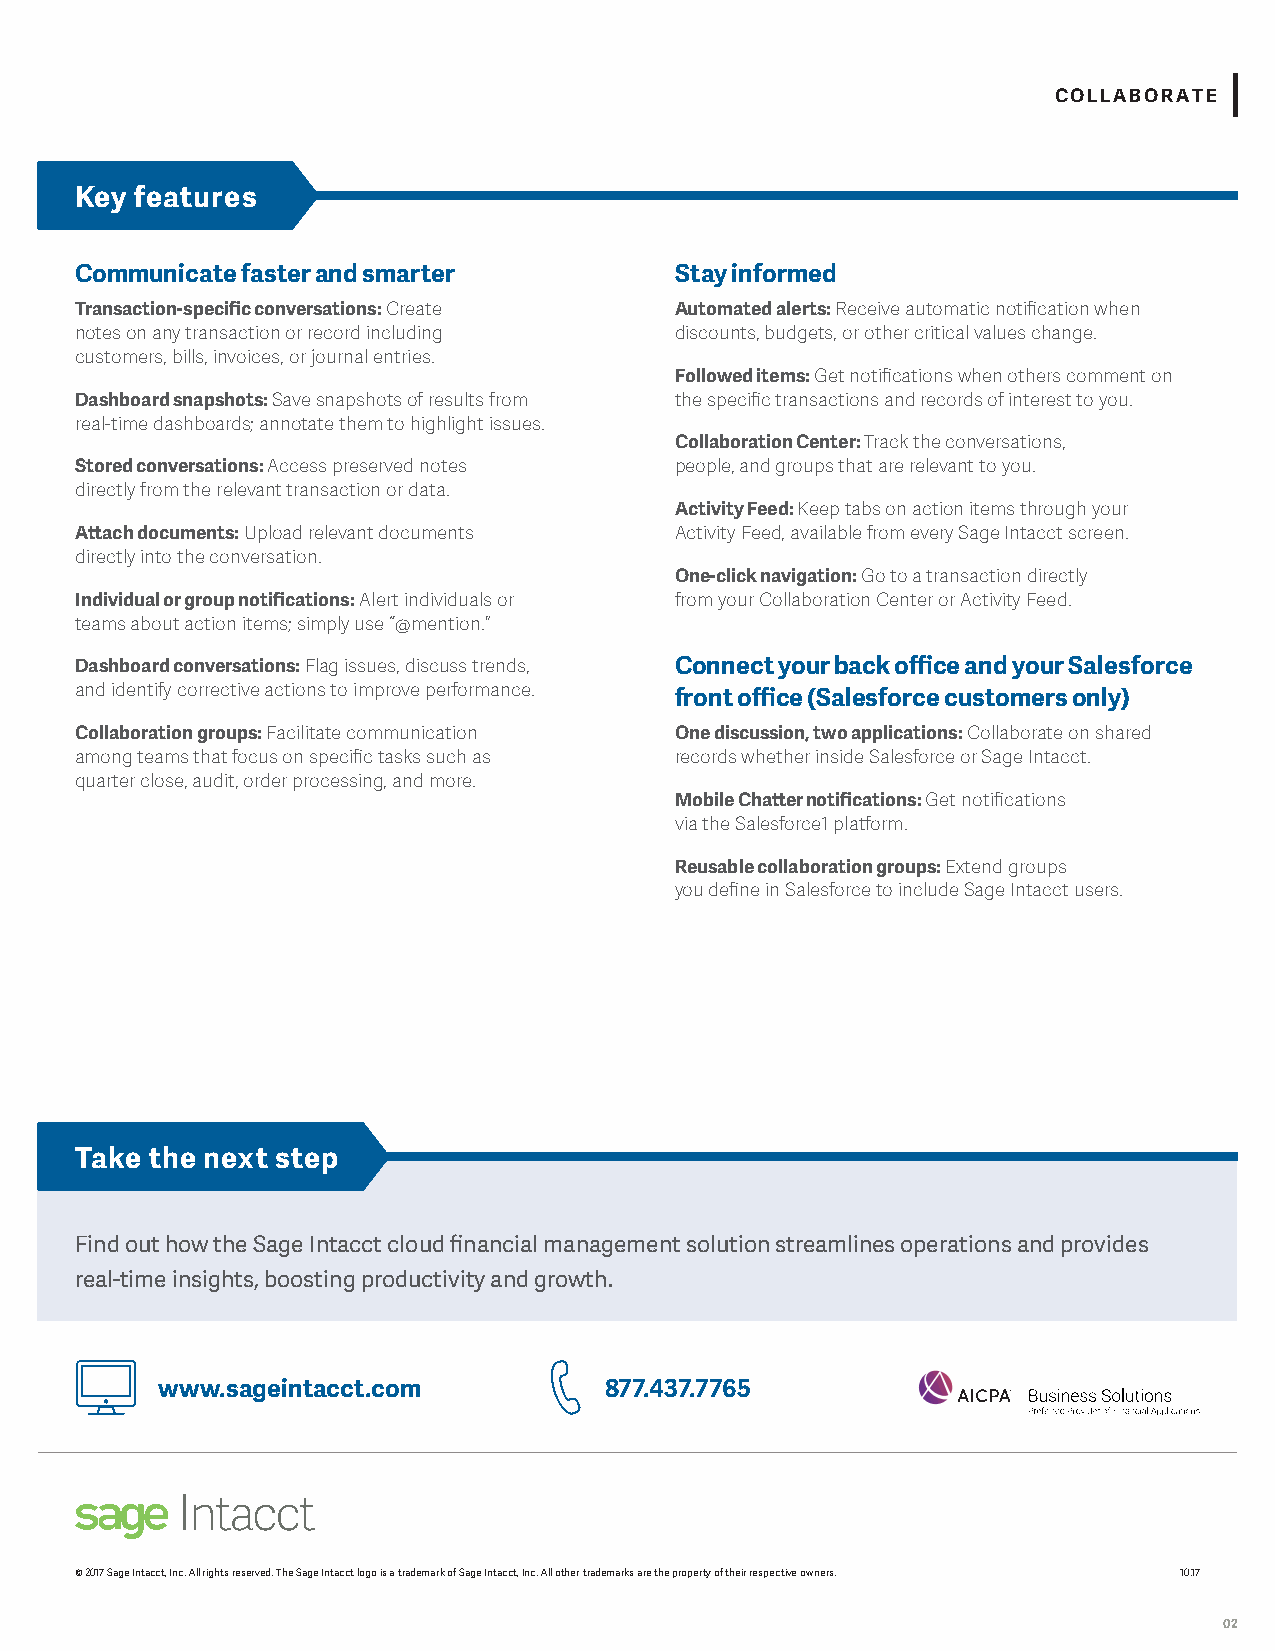
COLLABORATE
 Key features
 Communicate faster and smarter          Stay informed
 Transaction-specific conversations: Create Automated alerts: Receive automatic notification when
 notes on any transaction or record including discounts, budgets, or other critical values change.
 customers, bills, invoices, or journal entries.
 Followed items: Get notifications when others comment on
 Dashboard snapshots: Save snapshots of results from the specific transactions and records of interest to you.
 real-time dashboards; annotate them to highlight issues.
 Collaboration Center: Track the conversations,
 Stored conversations: Access preserved notes people, and groups that are relevant to you.
 directly from the relevant transaction or data.
 Activity Feed: Keep tabs on action items through your
 Attach documents: Upload relevant documents Activity Feed, available from every Sage Intacct screen.
 directly into the conversation.
 One-click navigation: Go to a transaction directly
 Individual or group notifications: Alert individuals or from your Collaboration Center or Activity Feed.
 teams about action items; simply use “@mention.”
 Dashboard conversations: Flag issues, discuss trends, Connect your back office and your Salesforce
 and identify corrective actions to improve performance. front office (Salesforce customers only)
 Collaboration groups: Facilitate communication One discussion, two applications: Collaborate on shared
 among teams that focus on specific tasks such as records whether inside Salesforce or Sage Intacct.
 quarter close, audit, order processing, and more.
 Mobile Chatter notifications: Get notifications
 via the Salesforce1 platform.
 Reusable collaboration groups: Extend groups
 you define in Salesforce to include Sage Intacct users.
 Take the next step
 Find out how the Sage Intacct cloud financial management solution streamlines operations and provides
 real-time insights, boosting productivity and growth.
 www.sageintacct.com           877.437.7765
 © 2017 Sage Intacct, Inc. All rights reserved. The Sage Intacct logo is a trademark of Sage Intacct, Inc. All other trademarks are the property of their respective owners. 10.17
 02